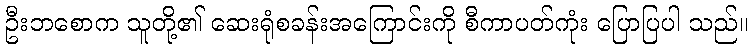
ဦးဘစောက သူတို့၏ ဆေးရုံစခန်းအကြောင်းကို စီကာပတ်ကုံး ပြောပြပါ သည်။